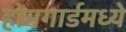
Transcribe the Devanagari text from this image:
होमगार्डमध्ये